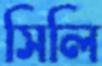
সিলি